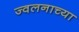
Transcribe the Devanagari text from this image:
ज्वलनाच्या